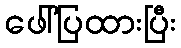
ဖေါ်ပြထားပြီး